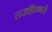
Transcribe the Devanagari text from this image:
राजहितकारी